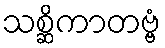
သစ္ဆိကာတဗ္ဗံ